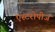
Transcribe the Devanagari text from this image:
एस्टरोपीज